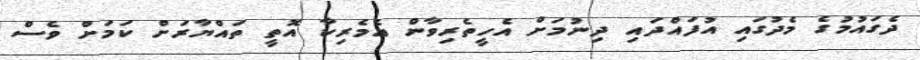
ދެގައުމުގެ މެދުގައި އުފައްދައި ދިނުމަށް އެހީތެރިވާން އެމެރިކާ އޮތީ ތައްޔާރަށް ކަމަށް ވެސް